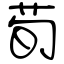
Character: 荀